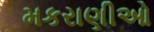
મકરાણીઓ